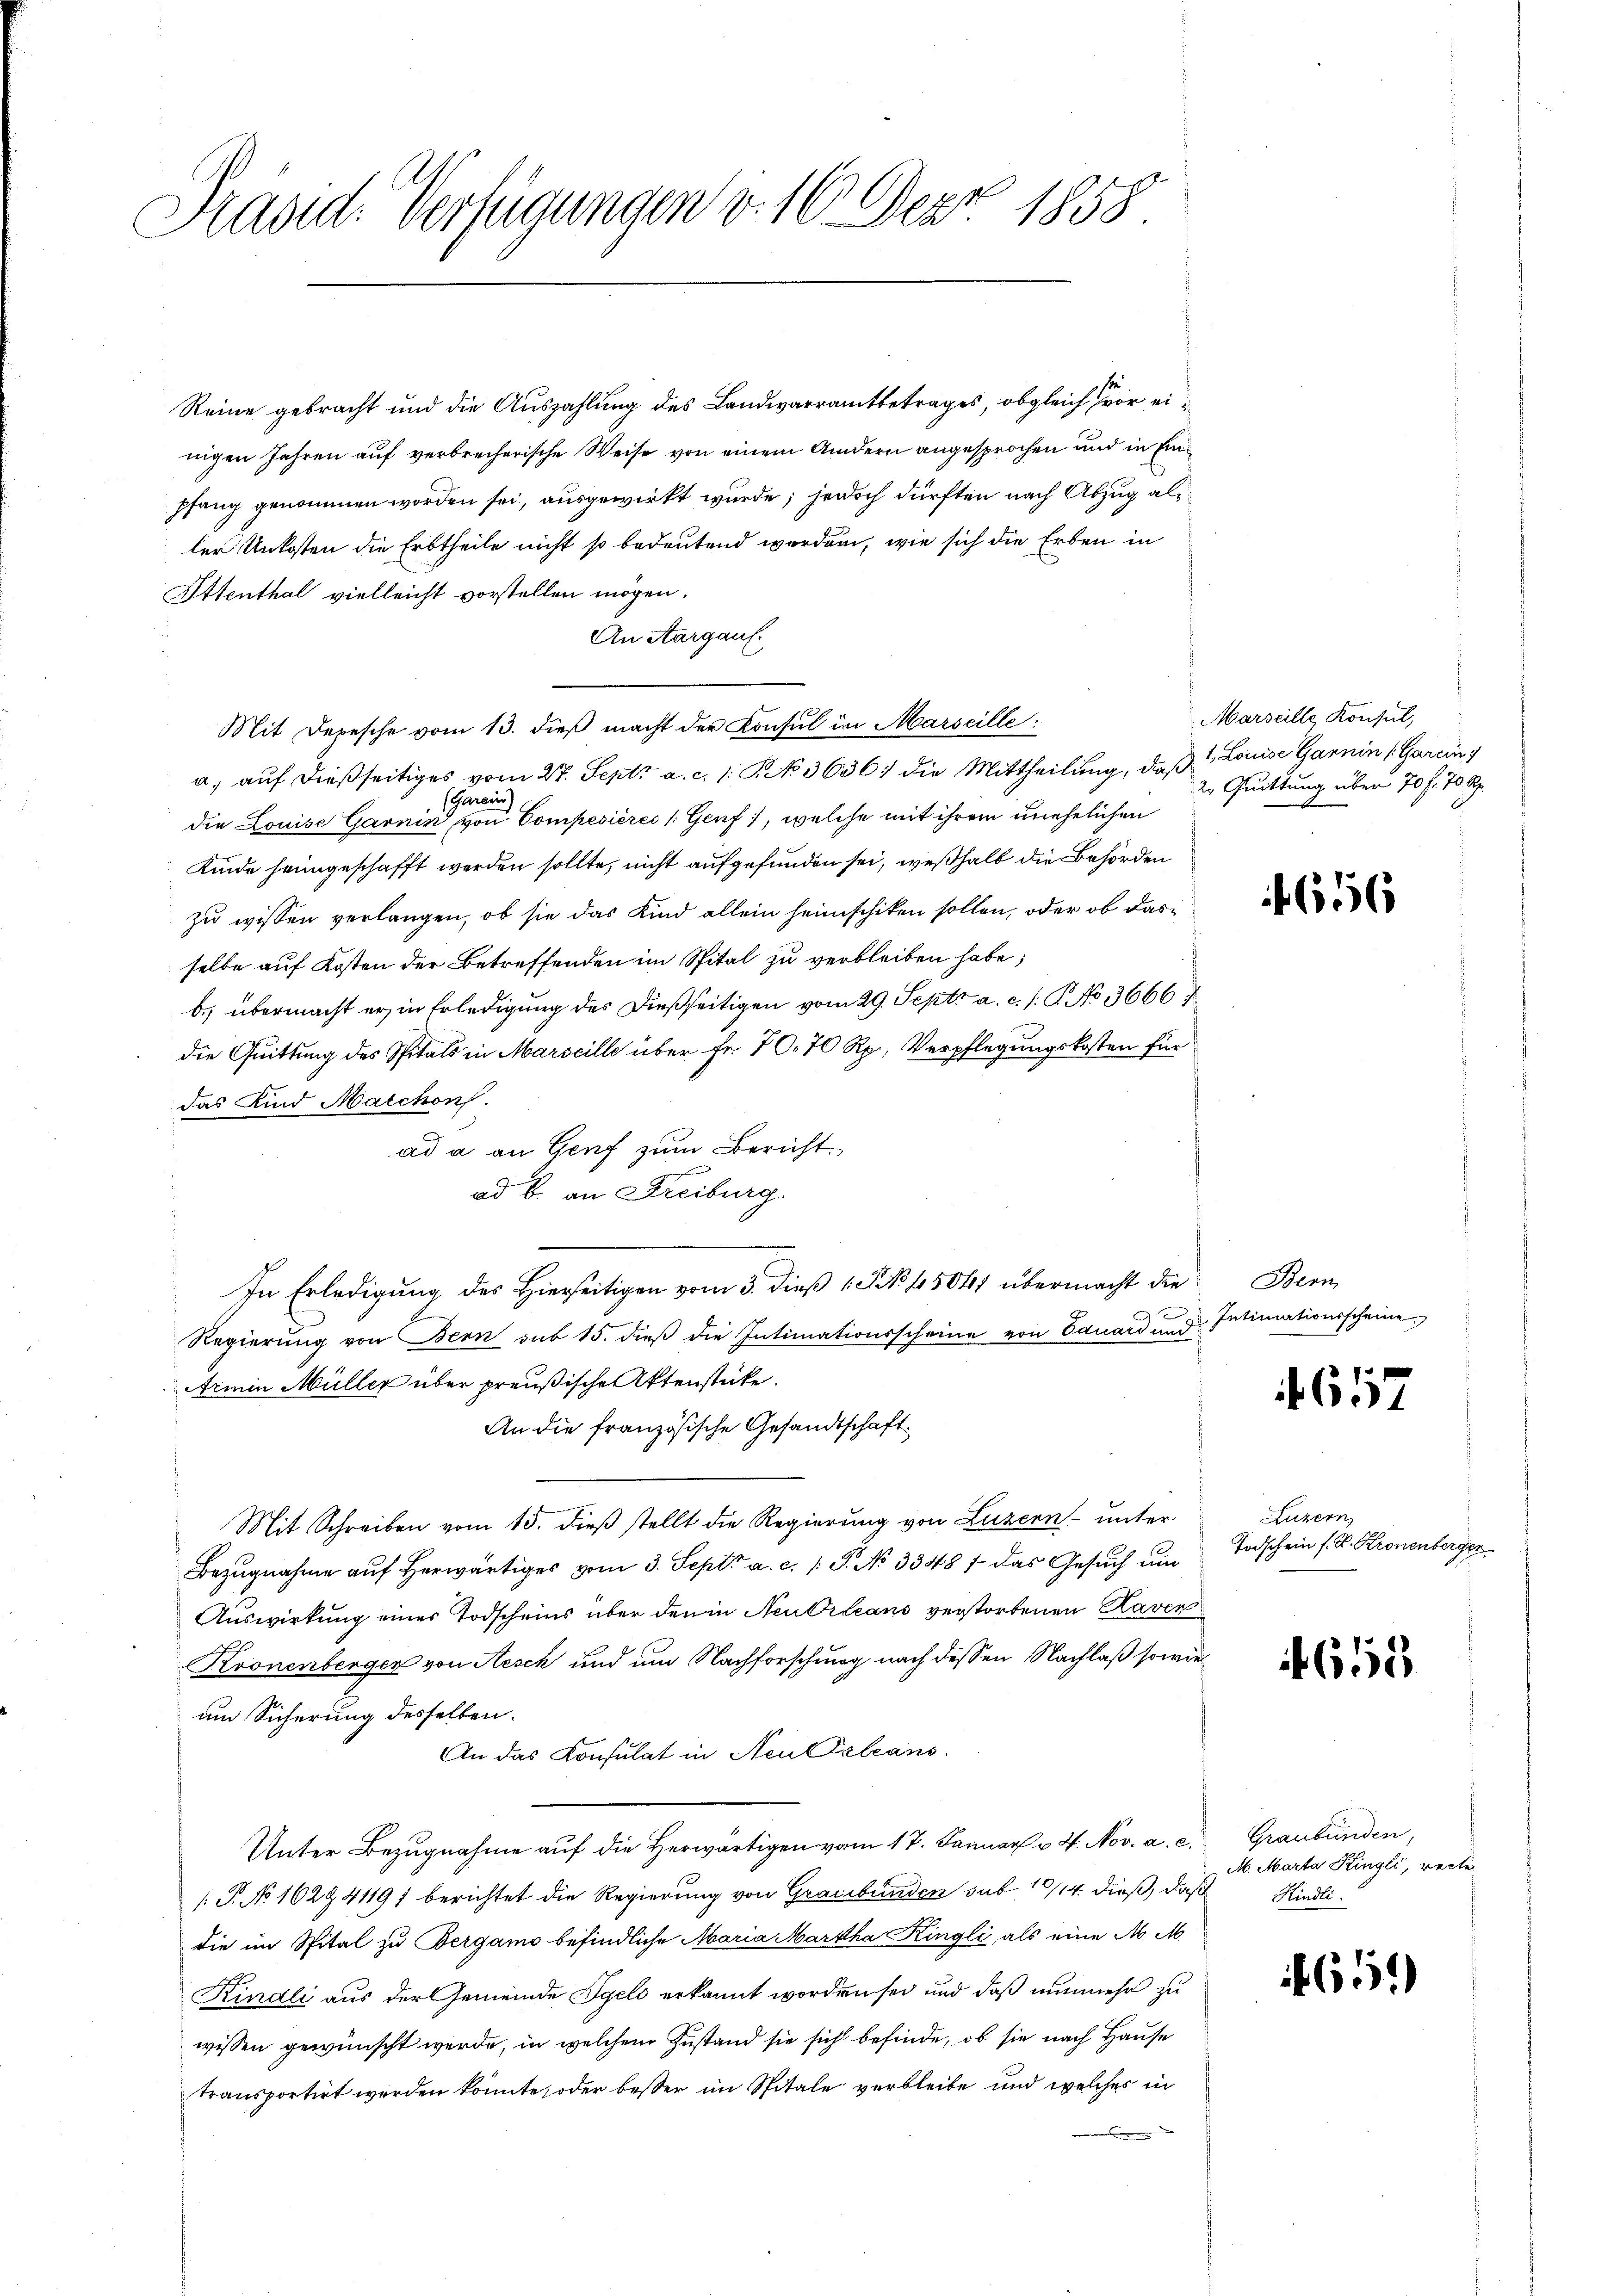
Präsid. Verfügungen v. 16. Dez. 1858

Reine gebracht und die Auszahlung des Landwarramtbetrages, obgleich vor einigen Jahren auf verbrecherische Weise von einem Andern angesprochen und in Einpfang genommen worden sei, ausgewirkt wurde; jedoch dürften nach Abzug aller Unkosten die Erbtheile nicht so bedeutend werden, wie sich die Erben in
Ettenthal vielleicht vorstellen mögen.
An Aargauf.
Mit Depesche vom 13. dieß macht der Konsul in Marseille:
a. aŭf dießseitiges vom 27. Sept. a. c. 1 S. 3636. die Mittheilŭng, daβ Louise Garnin (Gareins
Tarein),
die Louise Garnin von Compesières (Genf), welche mit ihrem unehelichen
Kinde heimgeschafft werden sollte, nicht aufgefunden sei, weßhalb die Behörden
zu wissen verlangen, ob sie das Kind allein heimschiken sollen, oder ob dasselbe auf Kosten der Betreffenden im Spital zu verbleiben habe;
b.) übermacht er in Erledigung des dießseitigen vom 29. Sept. a. c. s. G. No 3666
die Quittung des Spitals in Marseille über Fr. 70. 70 Rp., Verpflegungskosten für
das Kind Marchon
s
ad a an Genf zum Bericht
ad b. an Freiburg.
In Erledigung des Hierseitigen vom 5. dieß 1 S. 18. 45041 übermacht die

Regierung von Bern sub 15. dieß die Intimationsscheine von Eduard und Intimationsscheine
Armin Müller über preußische Aktenstücke.
An die französische Gesandtschaft
Mit Schreiben vom 15. dieß stellt die Regierung von Luzern unter
Bezugnahme aŭf herwärtiges vom 3. Sept. a. c. /: P. No 3348 / das Gesuch um
Auswirkung einer Todscheins über den in Neudrleans verstorbenen Raver
Kronenberger von Aesch und um Nachforschung nach dessen Nachlaß sowie
um Sicherung desselben.
An das Konsulat in Neu Orleans
Unter Bezugnahme auf die Herwärtigen vom 17. Januar v. 4. Nov. a. c.
[.P. No 1629 4119) berichtet die Regierung von Graubünden sub 10/14. dieß, daß Kindlidie im Spital zu Bergamo befindliche Maria Martha Kingli als eine M. M.
Kindli aus der Gemeinde Igels erkannt worden sei und daß nunmehr zu
wissen gewünscht werde, in welchem Zustand sie sich befinde, ob sie nach Hause
transportirt werden könnte, oder besser im Spitale verbleibe und welches in

Marseille Konsul,
2. Quittung über 70 f. 70 Rp.

656

Bern

657

Luzern,
Todschein s. R. Kronenberger

655

Graubünden,
M. Marta Ringli, recte

651